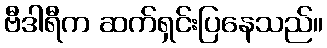
ဗီဒါရီက ဆက်ရှင်းပြနေသည်။